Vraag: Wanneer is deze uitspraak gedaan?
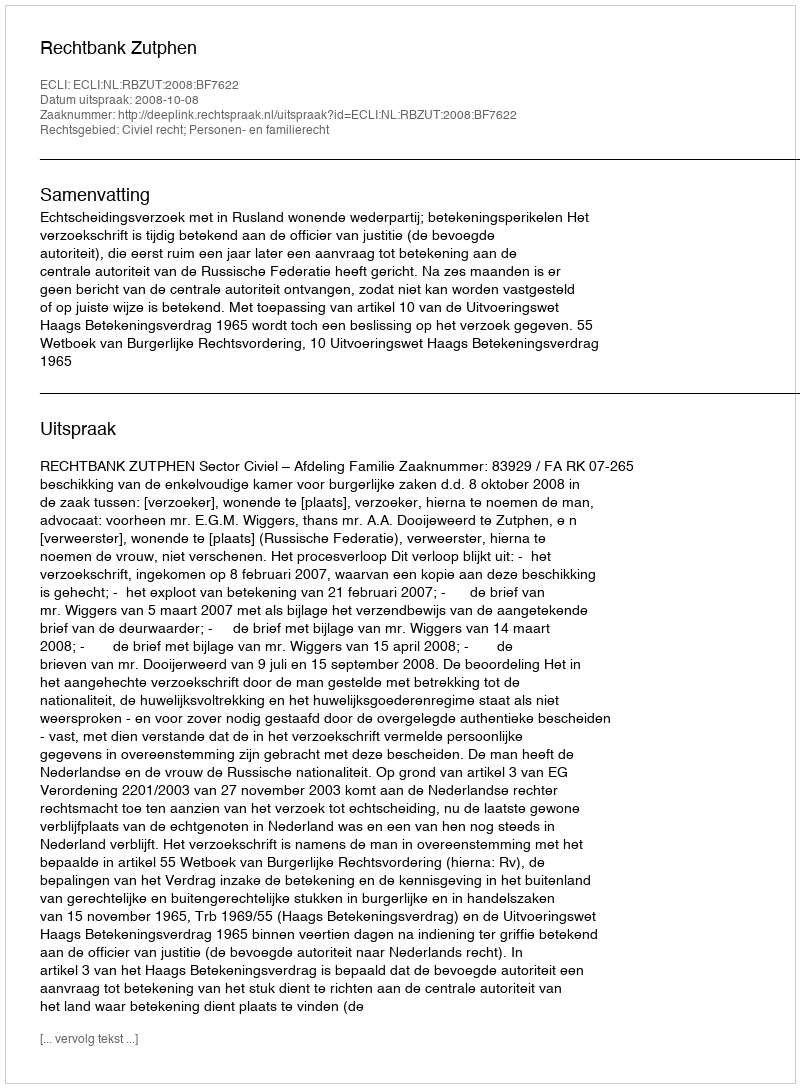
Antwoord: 2008-10-08